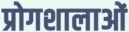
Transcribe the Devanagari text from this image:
प्रोगशालाओं